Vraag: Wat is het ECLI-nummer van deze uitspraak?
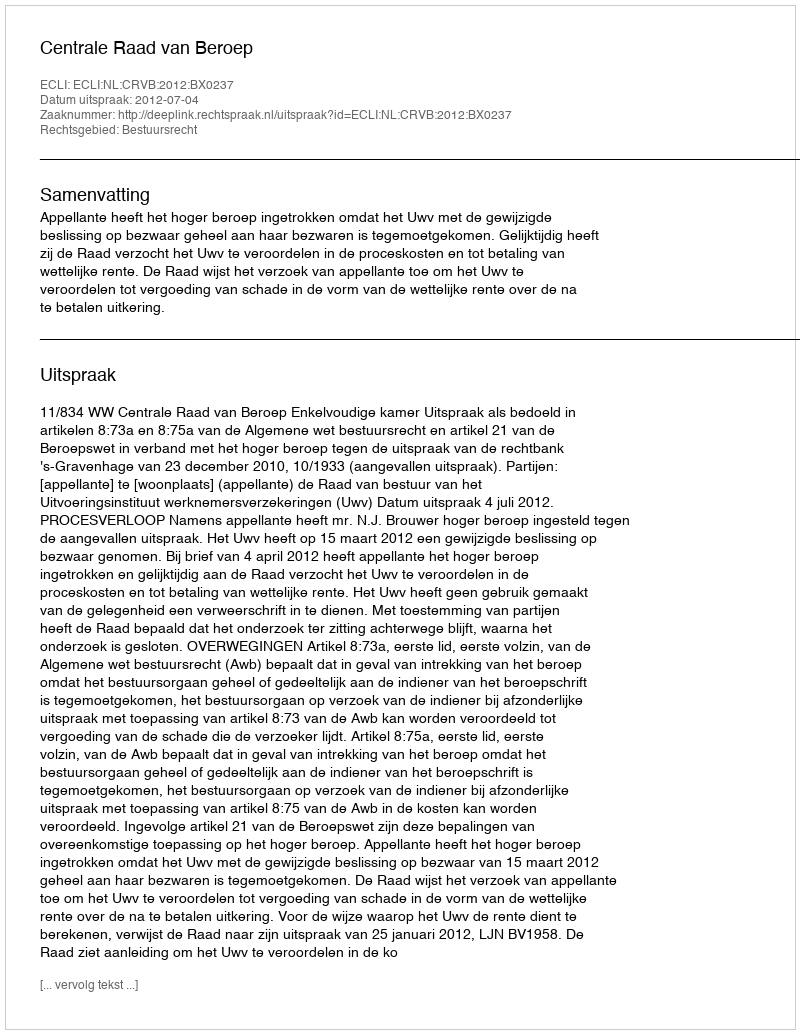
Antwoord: ECLI:NL:CRVB:2012:BX0237